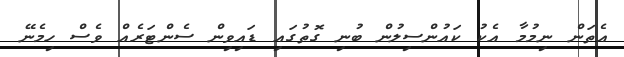
އެތަން ނިމުމާ އެކު ކައުންސިލުން ބުނި ގޮތުގައި ޑައިވިން ސެންޓަރެއް ވެސް ހިމެނޭ